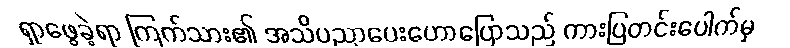
ရှာဖွေခဲ့ရာ ကြက်သား၏ အသိပညာပေးဟောပြောသည် ကားပြတင်းပေါက်မှ